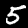
Label: 5